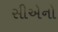
સીએનો